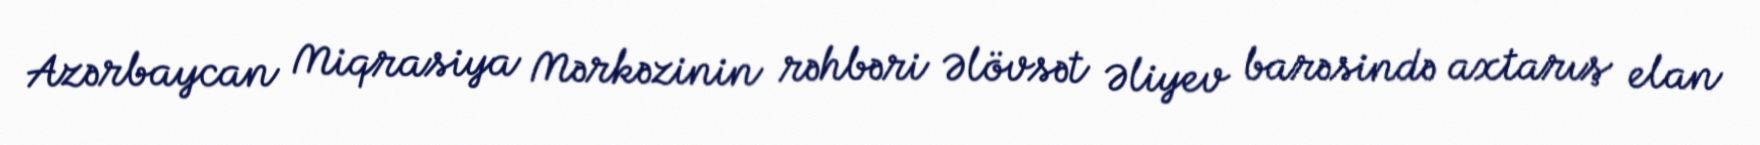
Azərbaycan Miqrasiya Mərkəzinin rəhbəri Əlövsət Əliyev barəsində axtarış elan